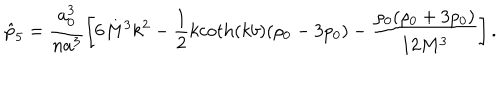
\hat { p } _ { 5 } = \frac { a _ { 0 } ^ { 3 } } { n a ^ { 3 } } \left[ 6 M ^ { 3 } k ^ { 2 } - \frac 1 2 k \mathrm { c o t h } ( k b ) ( \rho _ { 0 } - 3 p _ { 0 } ) - \frac { \rho _ { 0 } ( \rho _ { 0 } + 3 p _ { 0 } ) } { 1 2 M ^ { 3 } } \right] .